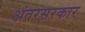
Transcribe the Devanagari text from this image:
अंतरसरकार